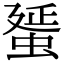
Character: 蜑